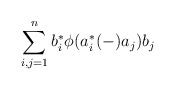
\begin{align*}\sum_{i,j=1}^n b_i^\ast \phi(a_i^\ast (-) a_j)b_j\end{align*}